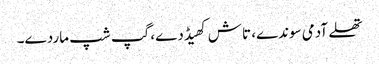
تھلے آدمی سوندے، تاش کھیڈدے، گپ شپ ماردے۔